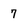
Character: 7